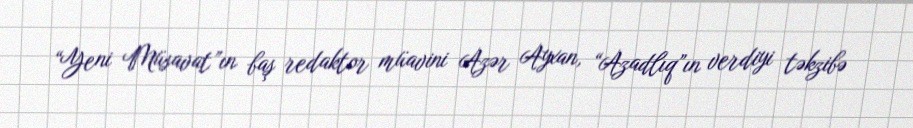
“Yeni Müsavat”ın baş redaktor müavini Azər Ayxan, “Azadlıq”ın verdiyi təkzibə